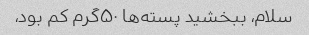
سلام، ببخشید پسته‌ها ۵۰گرم کم بود،